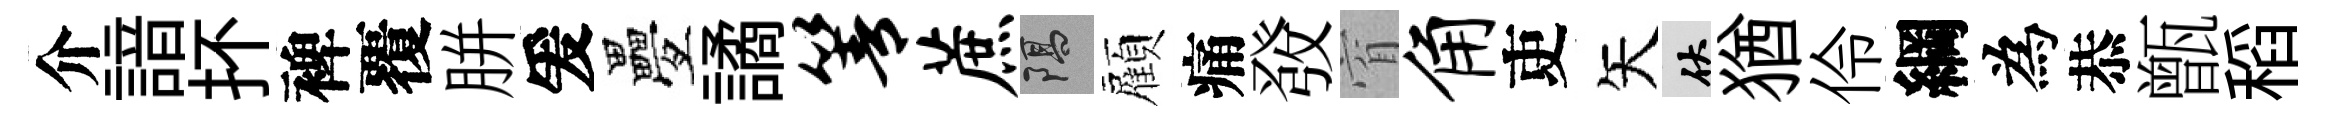
介諳抔裨覆胼爰疊譎箐蔗隔顏痛𤼲窅角吏矢伏猶伶綱為恭甑稻